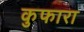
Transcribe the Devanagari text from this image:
कुफारा